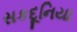
સકદૂનિયા